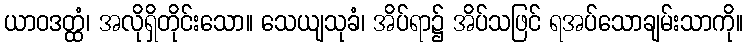
ယာဝဒတ္ထံ၊ အလိုရှိတိုင်းသော။ သေယျသုခံ၊ အိပ်ရာ၌ အိပ်သဖြင် ရအပ်သောချမ်းသာကို။